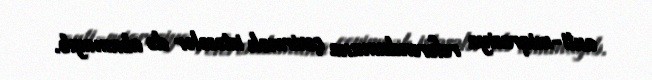
anti-miqrasiya referendumuna çevirmək istəsələr də alınmayıb.